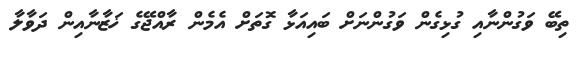
ތިބޭ ވަގުންނާއި ގުޅިގެން ވަގުންނަށް ބައިއަޅާ ގޮތަށް އެމެން ރާއްޖޭގެ ޚަޒާނާއިން ދަވާލާ